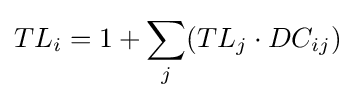
TL_{i}=1+\sum _{j}(TL_{j}\cdot DC_{ij})\!